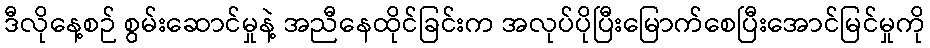
ဒီလိုနေ့စဉ် စွမ်းဆောင်မှုနဲ့ အညီနေထိုင်ခြင်းက အလုပ်ပိုပြီးမြောက်စေပြီးအောင်မြင်မှုကို